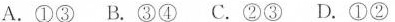
A.①③ B.③④ C.②③ D.①②